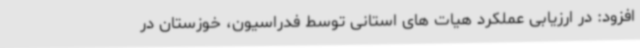
افزود: در ارزیابی عملکرد هیات های استانی توسط فدراسیون، خوزستان در